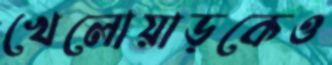
খেলোয়াড়কেও